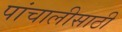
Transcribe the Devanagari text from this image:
पांचालीसाठी